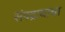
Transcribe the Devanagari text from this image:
संपद्रायाचा